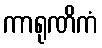
ကာရုဏိကံ